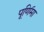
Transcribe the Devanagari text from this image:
पूणि॔मा